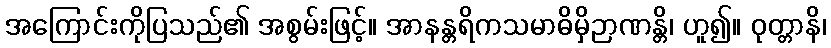
အကြောင်းကိုပြသည်၏ အစွမ်းဖြင့်။ အာနန္တရိကသမာဓိမှိဉာဏန္တိ၊ ဟူ၍။ ဝုတ္တာနိ၊